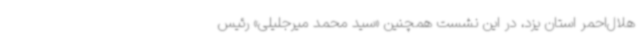
هلال‌احمر استان یزد، در این نشست همچنین «سید محمد میرجلیلی» رئیس